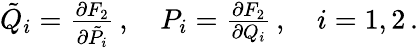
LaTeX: \begin{array}{r}{\tilde{Q}_{i}=\frac{\partial F_{2}}{\partial\tilde{P_{i}}}\, ,\quad P_{i}=\frac{\partial F_{2}}{\partial Q_{i}}\, ,\quad i=1,2\, .}\end{array}